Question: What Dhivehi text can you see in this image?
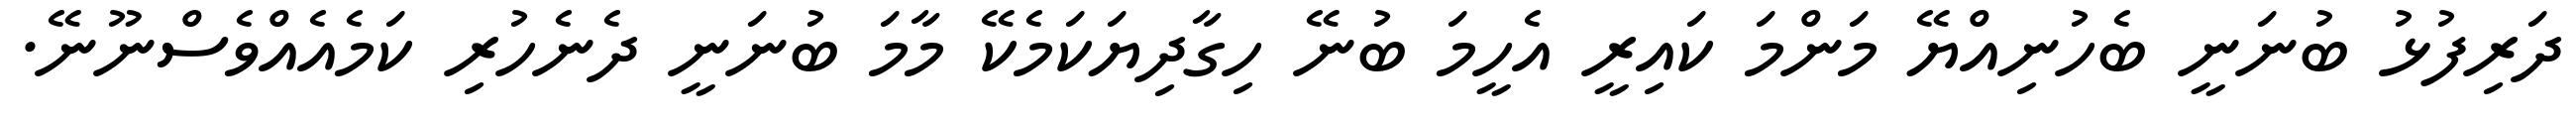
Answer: ދަރިފުޅު ބުނަނީ ބެހުނިއްޔޭ މަންމަ ކައިރީ އެހީމަ ބުނޭ ހިގާދިޔަކަމެކޭ މާމަ ބުނަނީ ދެނެހުރި ކަމެއެއްވެސްނޫނޭ.